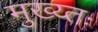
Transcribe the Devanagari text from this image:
मुख्य्तः